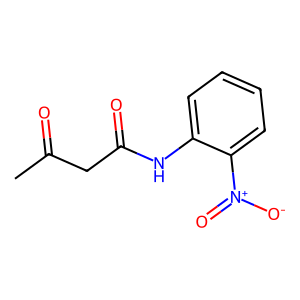
SMILES: CC(=O)CC(=O)Nc1ccccc1[N+](=O)[O-]
Inhibits HIV replication: No